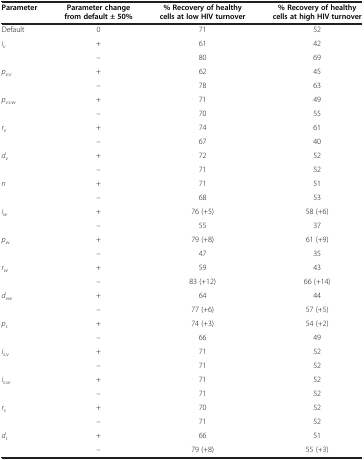
| Parameter | Parameter change from default ± 50% | % Recovery of healthy cells at low HIV turnover | % Recovery of healthy cells at high HIV turnover |
 | --- | --- | --- | --- |
 | Default | 0 | 71 | 52 |
 | <ROWSPAN=2> iv | + | 61 | 42 |
 | – | 80 | 69 |
 | <ROWSPAN=2> pv:v | + | 62 | 45 |
 | – | 78 | 63 |
 | <ROWSPAN=2> pv:vw | + | 71 | 49 |
 | – | 70 | 55 |
 | <ROWSPAN=2> rv | + | 74 | 61 |
 | – | 67 | 40 |
 | <ROWSPAN=2> dv | + | 72 | 52 |
 | – | 71 | 52 |
 | <ROWSPAN=2> n | + | 71 | 51 |
 | – | 68 | 53 |
 | <ROWSPAN=2> iw | + | 76 (+5) | 58 (+6) |
 | – | 55 | 37 |
 | <ROWSPAN=2> pw | + | 79 (+8) | 61 (+9) |
 | – | 47 | 35 |
 | <ROWSPAN=2> rw | + | 59 | 43 |
 | – | 83 (+12) | 66 (+14) |
 | <ROWSPAN=2> dvw | + | 64 | 44 |
 | – | 77 (+6) | 57 (+5) |
 | <ROWSPAN=2> ps | + | 74 (+3) | 54 (+2) |
 | – | 66 | 49 |
 | <ROWSPAN=2> is:v | + | 71 | 52 |
 | – | 71 | 52 |
 | <ROWSPAN=2> is:w | + | 71 | 52 |
 | – | 71 | 52 |
 | <ROWSPAN=2> rs | + | 70 | 52 |
 | – | 71 | 52 |
 | ds | + | 66 | 51 |
 |  | – | 79 (+8) | 55 (+3) |